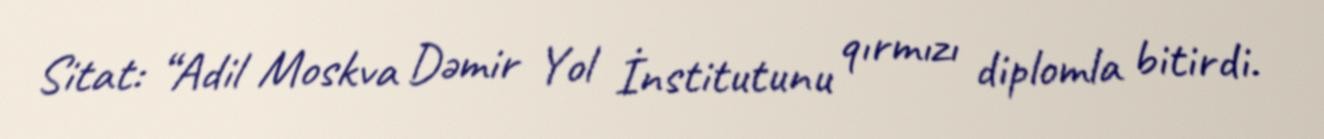
Sitat: “Adil Moskva Dəmir Yol İnstitutunu qırmızı diplomla bitirdi.